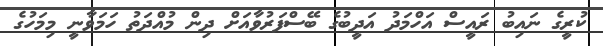
ކުރީގެ ނައިބު ރައީސް އަހްމަދު އަދީބުގެ ބޭސްފަރުވާއަށް ދިން މުއްދަތު ހަމަވާނީ މިމަހުގެ